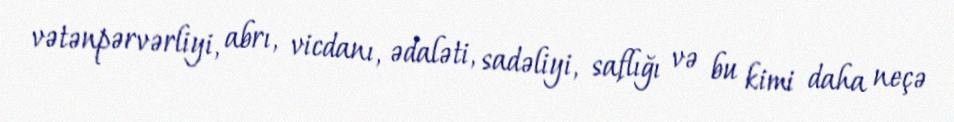
vətənpərvərliyi, abrı, vicdanı, ədaləti, sadəliyi, saflığı və bu kimi daha neçə